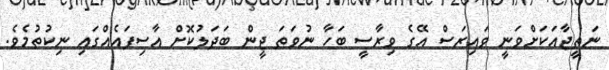
ނަތީޖާއަކަށްވަނީ ވައިރަސް އޭގެ ވިރާސީ ބަހާ ނުވަތަ ޖީން ބަދަލުކޮށް އާސިފައެއްގައި ނިކުތުމެވެ.